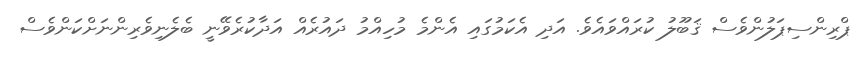
ޕްރިންސިޕަލުންވެސް ޤަބޫލު ކުރައްވައެވެ. އަދި އެކަމުގައި އެންމެ މުހިއްމު ދައުރެއް އަދާކުރެވޭނީ ބެލެނިވެރިންނަށްކަންވެސް